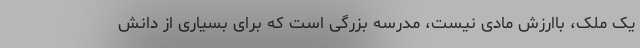
یک ملک، باارزش مادی نیست، مدرسه بزرگی است که برای بسیاری از دانش